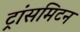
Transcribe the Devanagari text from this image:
ट्रांसमिटन